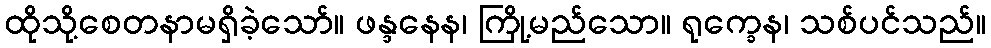
ထိုသို့စေတနာမရှိခဲ့သော်။ ဖန္ဒနေန၊ ကြို့မည်သော။ ရုက္ခေန၊ သစ်ပင်သည်။